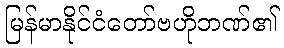
မြန်မာနိုင်ငံတော်ဗဟိုဘဏ်၏